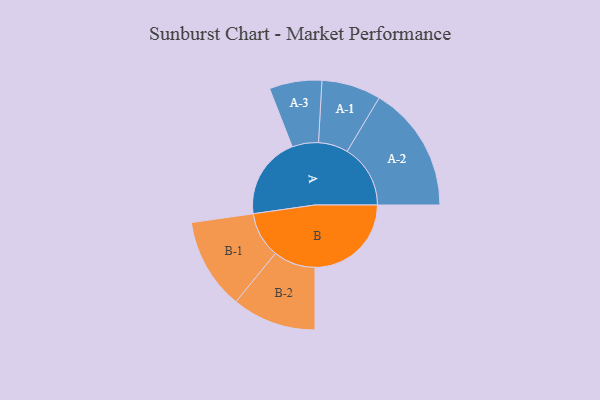
{"axis": {"x": "Segment", "y": "Value"}, "legend": ["", "A", "B"], "data": [{"x": "A", "y": 313, "type": ""}, {"x": "B", "y": 367, "type": ""}, {"x": "A-1", "y": 113, "type": "A"}, {"x": "A-2", "y": 241, "type": "A"}, {"x": "A-3", "y": 100, "type": "A"}, {"x": "B-1", "y": 174, "type": "B"}, {"x": "B-2", "y": 160, "type": "B"}]}